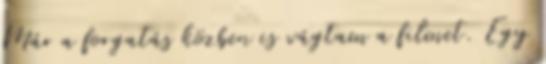
Már a forgatás közben is vágtam a filmet. Egy